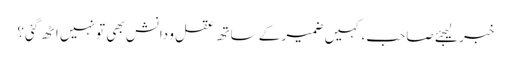
خبر لیجئے صاحب، کہیں ضمیر کے ساتھ عقل و دانش بھی تو نہیں اٹھ گئی؟